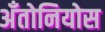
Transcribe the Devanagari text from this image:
अँतोनियोस